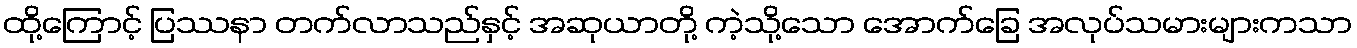
ထို့ကြောင့် ပြဿနာ တက်လာသည်နှင့် အဆုယာတို့ ကဲ့သို့သော အောက်ခြေ အလုပ်သမားများကသာ